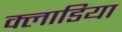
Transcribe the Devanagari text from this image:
क्लाडिया